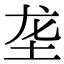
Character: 垄